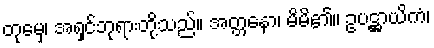
တုမှေ၊ အရှင်ဘုရားတို့သည်။ အတ္တနော၊ မိမိ၏။ ဥပဋ္ဌာယိကံ၊